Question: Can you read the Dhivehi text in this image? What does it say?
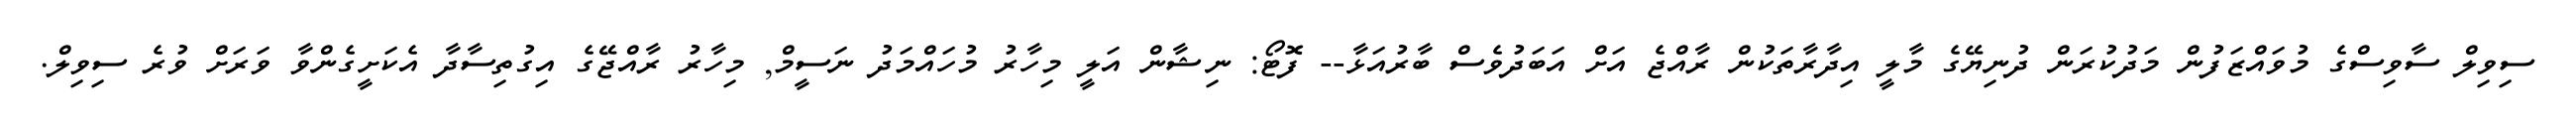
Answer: ސިވިލް ސާވިސްގެ މުވައްޒަފުން މަދުކުރަން ދުނިޔޭގެ މާލީ އިދާރާތަކުން ރާއްޖެ އަށް އަބަދުވެސް ބާރުއަޅާ-- ފޮޓޯ: ނިޝާން އަލީ މިހާރު މުހައްމަދު ނަސީމް, މިހާރު ރާއްޖޭގެ އިގުތިސާދާ އެކަށީގެންވާ ވަރަށް ވުރެ ސިވިލް.